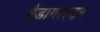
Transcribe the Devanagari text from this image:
मैडागास्टर